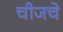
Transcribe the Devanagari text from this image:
चीजचे